Scottish Leaving Certificate Examination, 1957
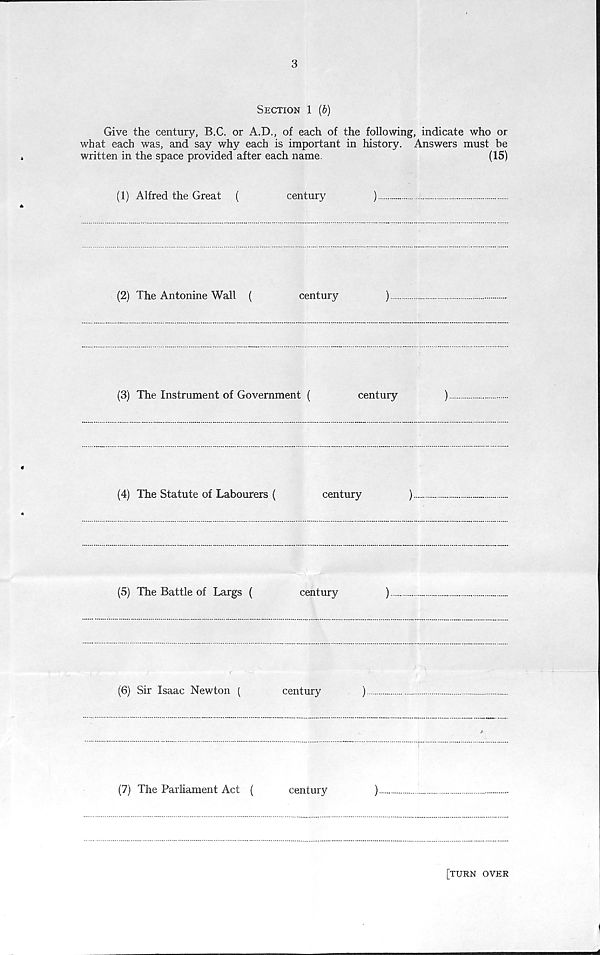
3
Section 1 (b)
Give the century, B.C. or A.D., of each of the following, indicate who or
what each was, and say why each is important in history. Answers must be
written in the space provided after each name.
(15)
(1) Alfred the Great (
century
)
(2) The Antonine Wall (
century
)
(3) The Instrument of Government (
century
)
(4) The Statute of Labourers (
century
)
(5) The Battle of Largs (
century
)
(6) Sir Isaac Newton (
century
)
(7) The Parliament Act (
century
)
[turn over